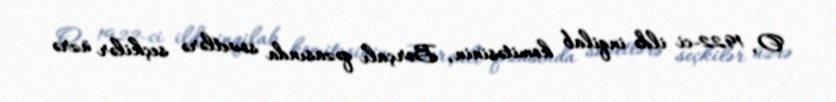
O, 1922-ci ildə inqilab komitəsinin, Borçalı qəzasında sovetlərə seçkilər üzrə